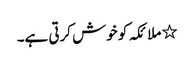
٭ ملائکہ کو خوش کرتی ہے۔